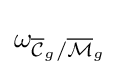
\omega _{{\overline {\mathcal {C}}}_{g}/{\overline {\mathcal {M}}}_{g}}